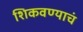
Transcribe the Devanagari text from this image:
शिकवण्याचं